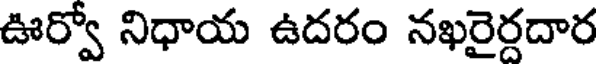
ఊర్వో నిధాయ ఉదరం నఖరైర్దదార